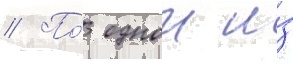
// По́ однои и́з